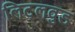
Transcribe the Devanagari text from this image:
लिट्लवुड